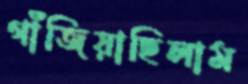
গাঁজিয়াছিলাম